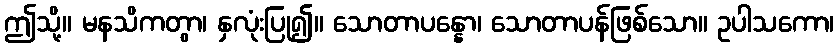
ဤသို့။ မနသိကတွာ၊ နှလုံးပြု၍။ သောတာပန္နော၊ သောတာပန်ဖြစ်သော။ ဥပါသကော၊